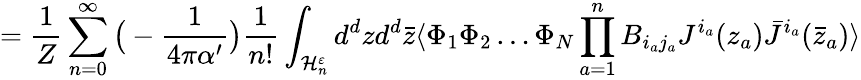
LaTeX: ={\frac{1}{Z}}\sum_{n=0}^{\infty}\big(-{\frac{1}{4\pi\alpha^{\prime}}}\big){\frac{1}{n!}}\int_{{\cal H}_{n}^{\varepsilon}}d^{d}zd^{d}\bar{z}\langle\Phi_{1}\Phi_{2}\dots\Phi_{N}\prod_{a=1}^{n}B_{i_{a}j_{a}}J^{i_{a}}(z_{a})\bar{J}^{i_{a}}(\bar{z}_{a})\rangle